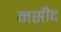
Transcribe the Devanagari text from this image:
मसीद